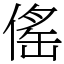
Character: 傜